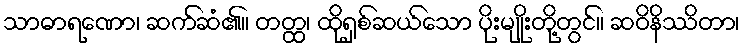
သာဓာရဏော၊ ဆက်ဆံ၏။ တတ္ထ၊ ထိုရှစ်ဆယ်သော ပိုးမျိုးတို့တွင်။ ဆဝိနိဿိတာ၊